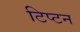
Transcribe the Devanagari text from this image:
टिप्टन